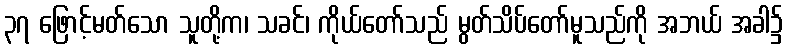
၃၇ ဖြောင့်မတ်သော သူတို့က၊ သခင်၊ ကိုယ်တော်သည် မွတ်သိပ်တော်မူသည်ကို အဘယ် အခါ၌